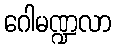
ဂေါမဏ္ဍလာ